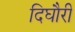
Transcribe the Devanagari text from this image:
दिघौरी